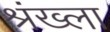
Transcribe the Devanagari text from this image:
श्रंख्ला